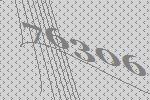
76306